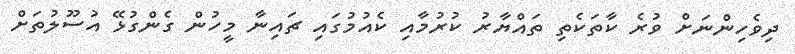
ދިވެހިންނަށް ވުރެ ކާތަކެތި ތައްޔާރު ކުރުމާއި ކެއުމުގައި ޗައިނާ މީހުން ގެންގުޅޭ އުސޫލުތަށް